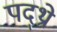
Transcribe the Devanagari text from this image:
पद्थ्रो